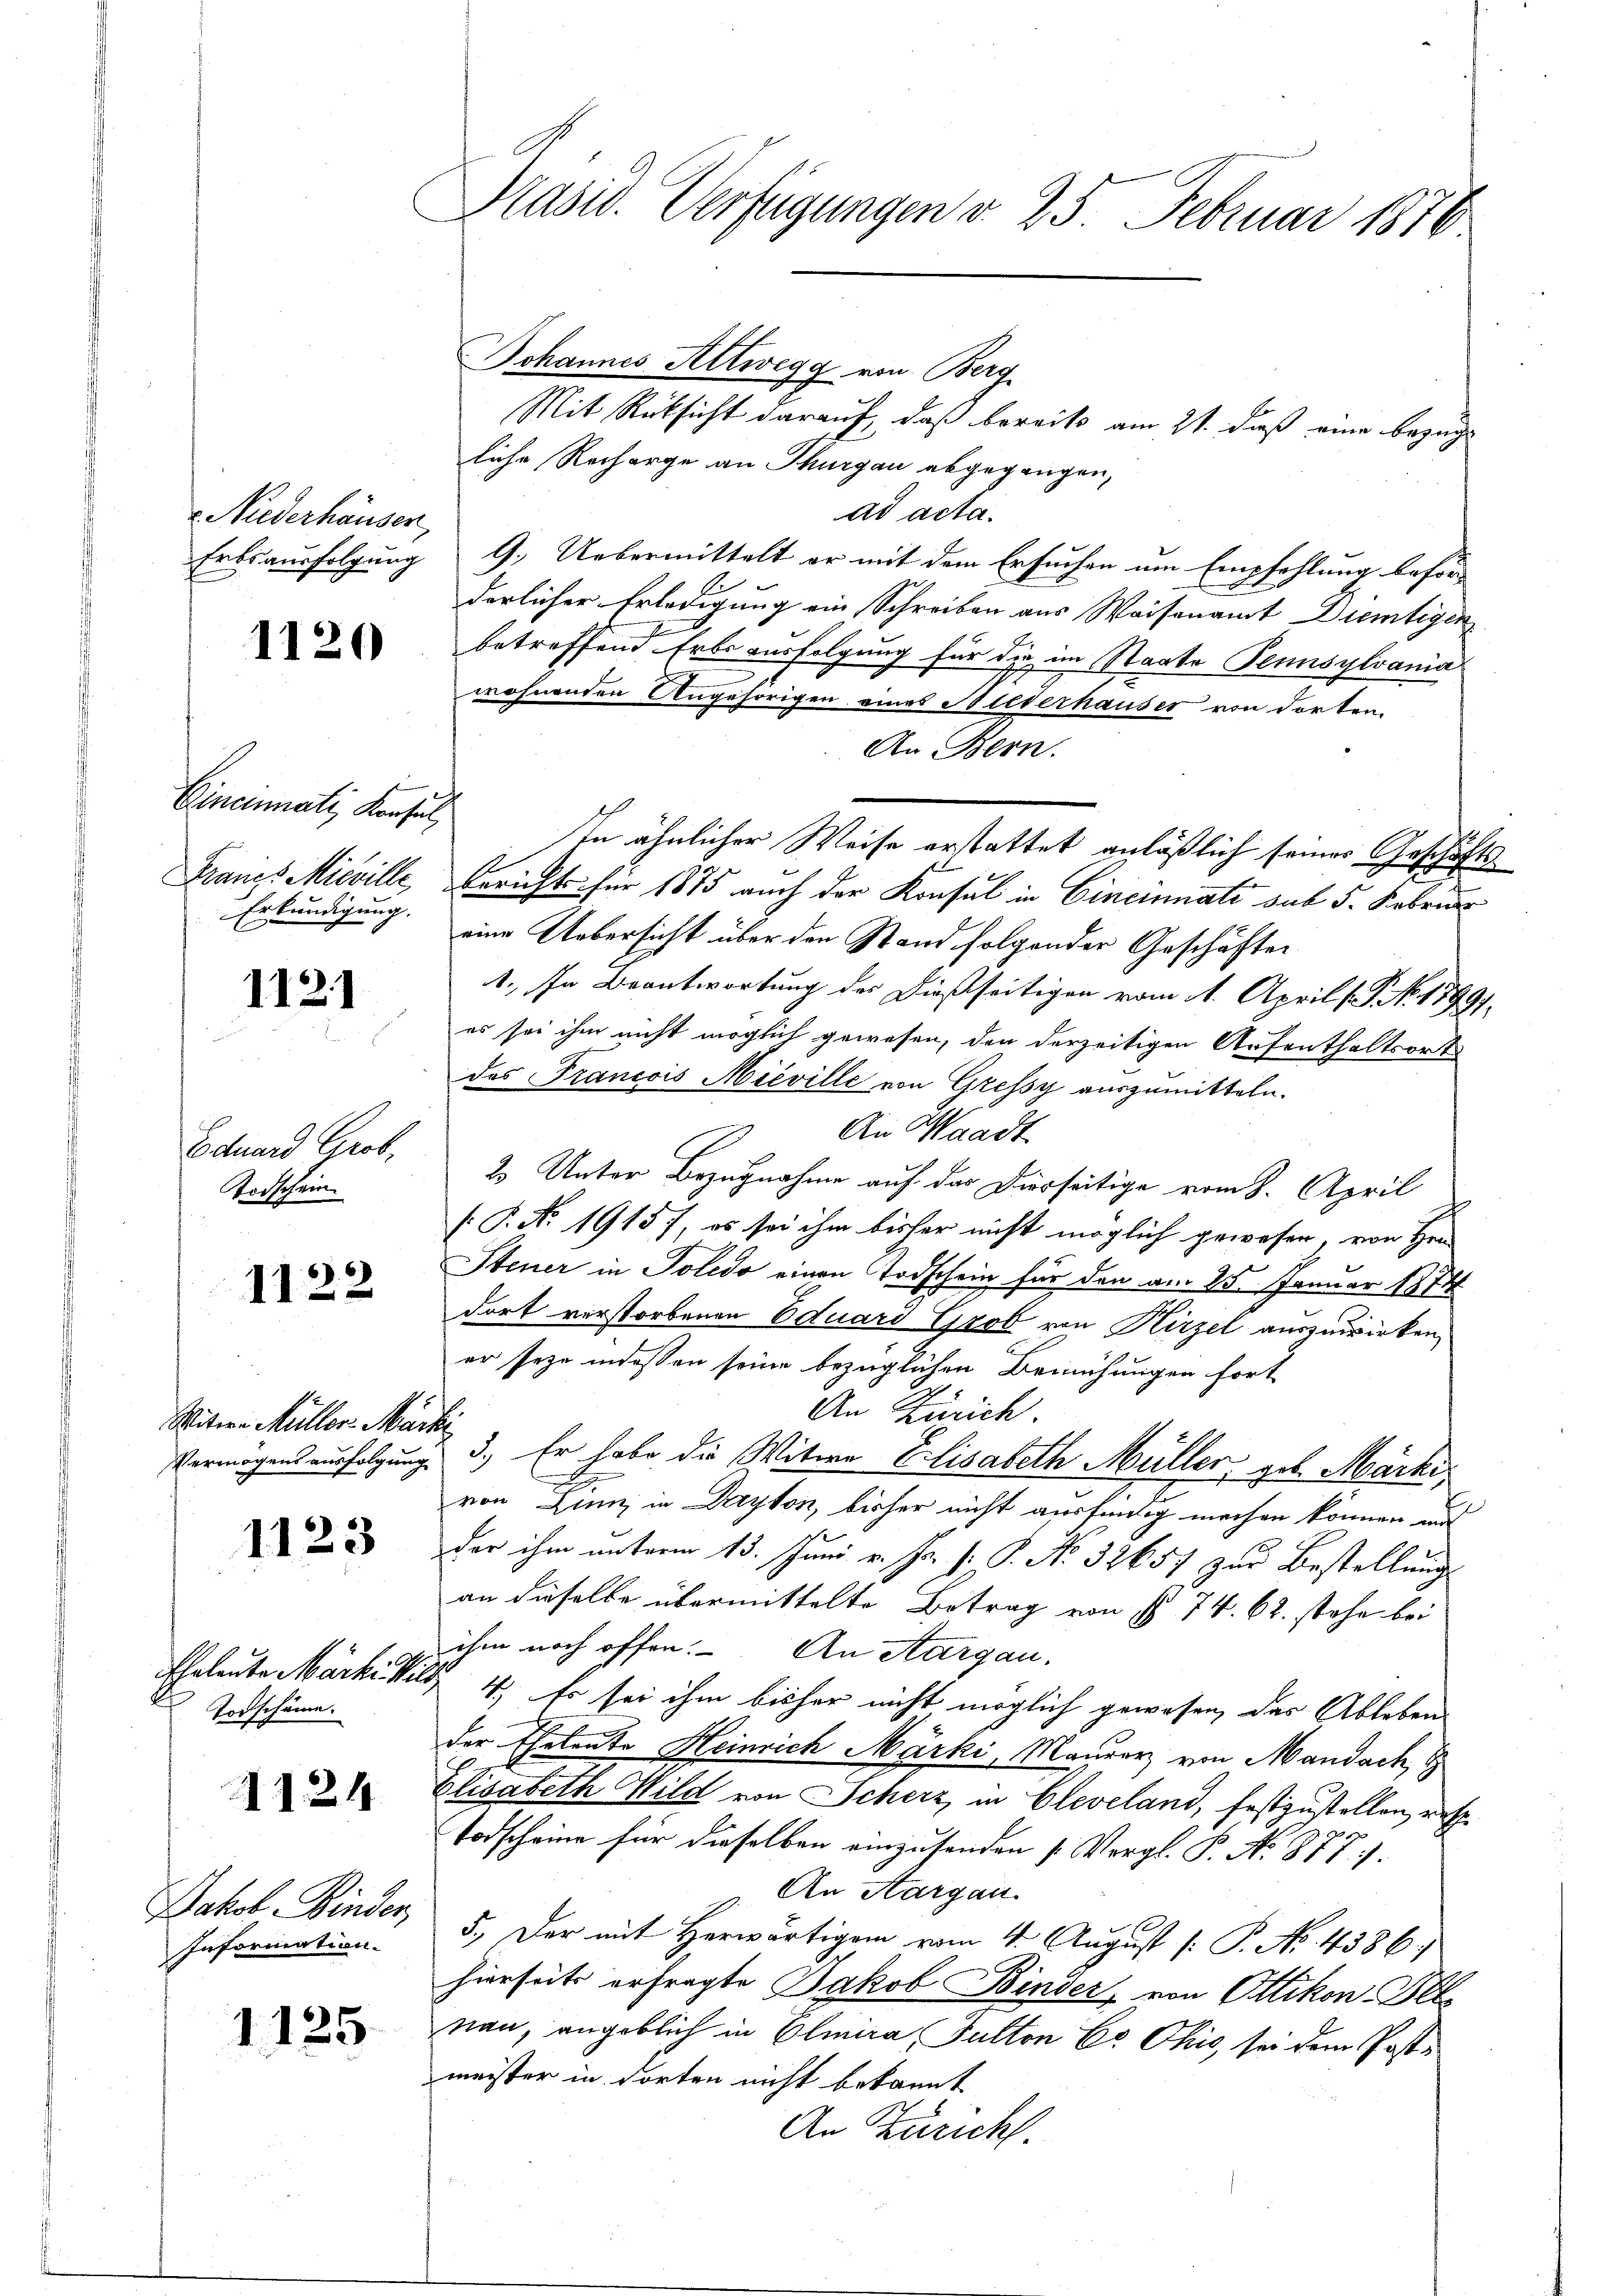
r. Niederhäuser,
Erbsausfolgung

1120

Cincinati, Konsul
Francs Misville
Erkundigung.

1121

Eduard Grob,
Todschein

1122

Witwe Müller. Marke
Vermögens ausfolgung

1123

Eheleute Märki Wil¬
Todschäme.

1124

Jakob Kinder,
Information.

1125.

Präsid. Verfügungen v. 25. Februar 1876

Johannes Altwegg von Berg

Mit Rüksicht darauf, daß bereits am 21. daß eine bezügliche Recharge an Thurgau abgegangen,
ad acta.
9. Uebermittelt er mit dem Ersuchen um Empfehlung beförderlicher Erledigung ein Schreiben aus Waisenamt Diemtigen
betreffend Erbs ausfolgung für die im Staate Tennsylvania
wohnenden Angehörigen eines Niederhauses von dorten,
An Bern.
Bericht für 1875 auch der Konsul in Cincinati sub 5. Februa
eine Uebersicht über den Stand folgender Geschäften
1. In Beantwortung des dießseitigen vom 1. April ( P NNo. 1799.
es sei ihm nicht möglich gewesen, den derzeitigen Aufenthaltsort
des Francois Mieville von Gressy auszumitteln.
An Waadt
2 Unter Bezugnahme auf der Diesseitige vom 8. April
[.P. Nr. 19157, es sei ihm bisher nicht möglich gewesen, von Hrn.
Steuer in Toledo einen Todschein für den am 25. Januar 1874
dort verstorbenen Eduard Grob von Hirzel auszuwirken,
er seye indessen seine bezüglichen Bemühungen fort
An Zürich.
3.) Er habe die Witwe Elisabeth Müller geb. Märki
.
von Linz in Dayton, bisher nicht ausfertig machen können au
der ihm unterm 13. Juni v. Js. s. P. No. 32657 zur Bestellung
an dieselbe übermittelte Betrag von § 74. 62. stehe bei
ihm noch offen. An Aargau.
4.) Es sei ihm bisher nicht möglich gewesen, das Ableben
der Eheleute Heinrich Märki, Maurer von Mandach, S
Elisabeth Wild von Scherz, in Cleveland, festzustellen, res¬
Todscheine für dieselben einzusenden (Vergl. P. No 877).
An Aargau
5. Der mit Herwärtigen vom 4. August [ P. Nr. 4386)
hierseits erfragte Jakob Binder, von Ottikon Bel
nau, angeblich in Elmira, Sutton E. Ohio, sei dem Postmeister in dorten nicht bekannt
An Züricht.

In ähnlicher Weise erstattet anläßlich seiner Geschäfts¬